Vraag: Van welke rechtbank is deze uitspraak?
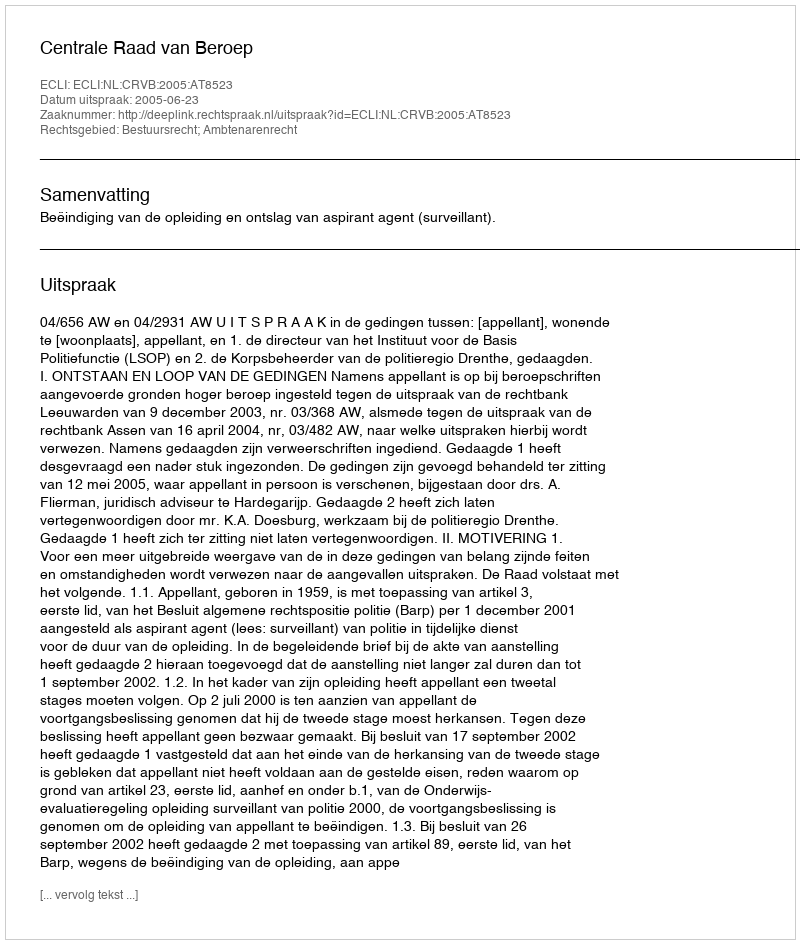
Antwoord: Centrale Raad van Beroep